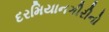
દરમિયાનગીરીનો